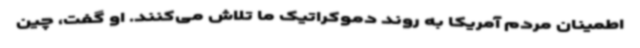
اطمینان مردم آمریکا به روند دموکراتیک ما تلاش می‌کنند. او گفت، چین